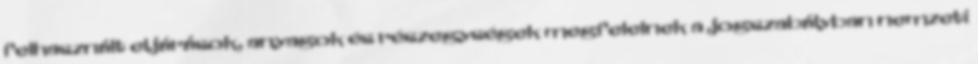
felhasznált eljárások, anyagok és részegységek megfelelnek a jogszabályban nemzeti